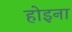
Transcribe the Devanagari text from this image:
होइना